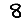
Digit: 8